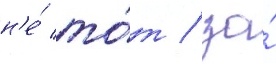
н'е́ то́т / за́